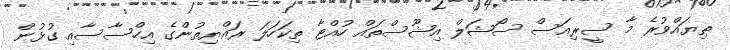
ތިޔައްވުރެ މާ ސީރިއަސް ސޯޝަލް އިޝޫސްތައް ހުއްޓާ ތިކަހަލަ ރައްޔިތުންގެ އިހްސާސާއި ގުޅުން